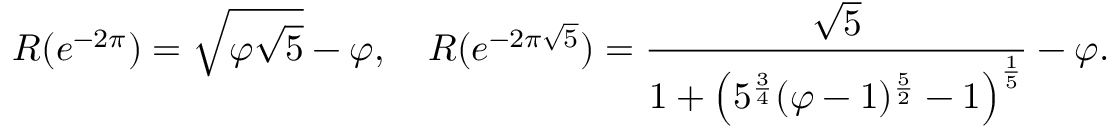
R ( e ^ { - 2 \pi } ) = { \sqrt { \varphi { \sqrt { 5 } } } } - \varphi , \quad R ( e ^ { - 2 \pi { \sqrt { 5 } } } ) = { \frac { \sqrt { 5 } } { 1 + \left( 5 ^ { \frac { 3 } { 4 } } ( \varphi - 1 ) ^ { \frac { 5 } { 2 } } - 1 \right) ^ { \frac { 1 } { 5 } } } } - \varphi .